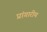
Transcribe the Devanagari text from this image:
प्रांगारीय